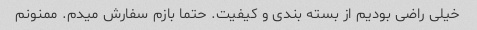
خیلی راضی بودیم از بسته بندی و کیفیت. حتما بازم سفارش میدم. ممنونم